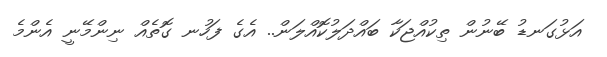
އަޅުގަނޑު ބޭނުން ތިކުއްޖަކާ ބައްދަލުކޮއްލަން.. އެގެ ފަހުނ ގޮތެއް ނިންމޭނީ އެންމެ